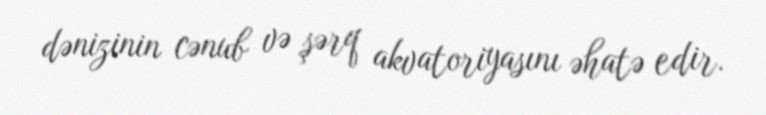
dənizinin cənub və şərq akvatoriyasını əhatə edir.